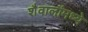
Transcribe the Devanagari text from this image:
शैवालांमध्ये